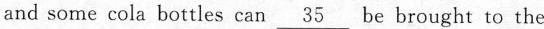
and some cola bottles can \underline{35} be brought to the